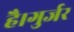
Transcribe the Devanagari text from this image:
है।गुर्जर